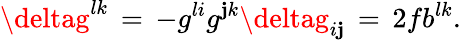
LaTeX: \deltag^{lk}\, =\, -g^{li}g^{\mathbf{j}k}\deltag_{i\mathbf{j}}\, =\, 2fb^{lk}.